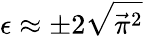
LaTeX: \epsilon\approx\pm 2\sqrt{{\vec{\pi}}^{2}}